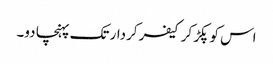
اس کو پکڑ کر کیفر کردار تک پہنچا دو۔